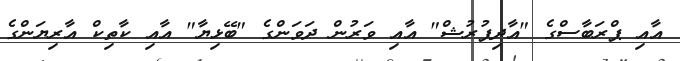
އާއި ޕްރަބާސްގެ "އާދިޕުރުޝް" އާއި ވަރުން ދަވަންގެ "ބޭޅިޔާ" އާއި ކާތިކް އާރިޔަންގެ